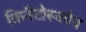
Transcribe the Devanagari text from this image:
किनैटोस्कोप